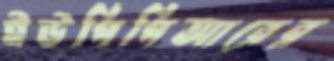
ইউপিপিআরের